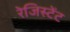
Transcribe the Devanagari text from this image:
रेजिस्टेंट